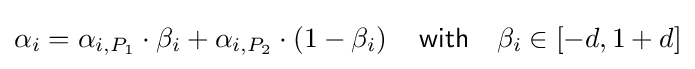
\alpha _{i}=\alpha _{i,P_{1}}\cdot \beta _{i}+\alpha _{i,P_{2}}\cdot \left(1-\beta _{i}\right)\quad {\mathsf {with}}\quad \beta _{i}\in \left[-d,1+d\right]